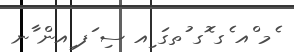
ެމ ްއ ެގ ޮގ ުތގަ ިއ ސި ަފ ިއން ާނ